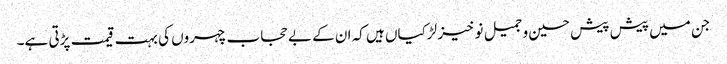
جن میں پیش پیش حسین و جمیل نو خیز لڑکیاں ہیں کہ ان کے بے حجاب چہروں کی بہت قیمت پڑتی ہے۔